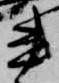
書